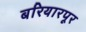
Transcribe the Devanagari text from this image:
बरियारपूर